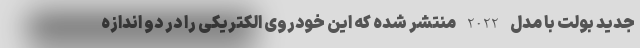
جدید بولت با مدل 2022 منتشر شده که این خودروی الکتریکی را در دو اندازه